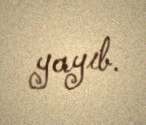
yayıb.